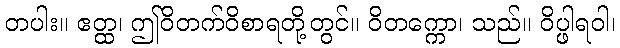
တပါး။ ဧတ္ထ၊ ဤဝိတက်ဝိစာရတို့တွင်။ ဝိတက္ကော၊ သည်။ ဝိပ္ဖါရဝါ၊